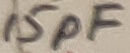
Text: 15pF